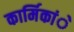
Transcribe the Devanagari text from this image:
कार्मिकांे